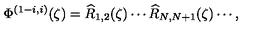
\Phi ^ { ( 1 - i , i ) } ( \zeta ) = \widehat { R } _ { 1 , 2 } ( \zeta ) \cdots \widehat { R } _ { N , N + 1 } ( \zeta ) \cdots ,